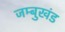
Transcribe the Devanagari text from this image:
जम्बुखंड